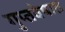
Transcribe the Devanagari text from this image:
गुप्तवेषात